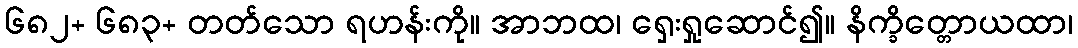
၆၈၂+ ၆၈၃+ တတ်သော ရဟန်းကို။ အာဘထ၊ ရှေးရှုဆောင်၍။ နိက္ခိတ္တောယထာ၊